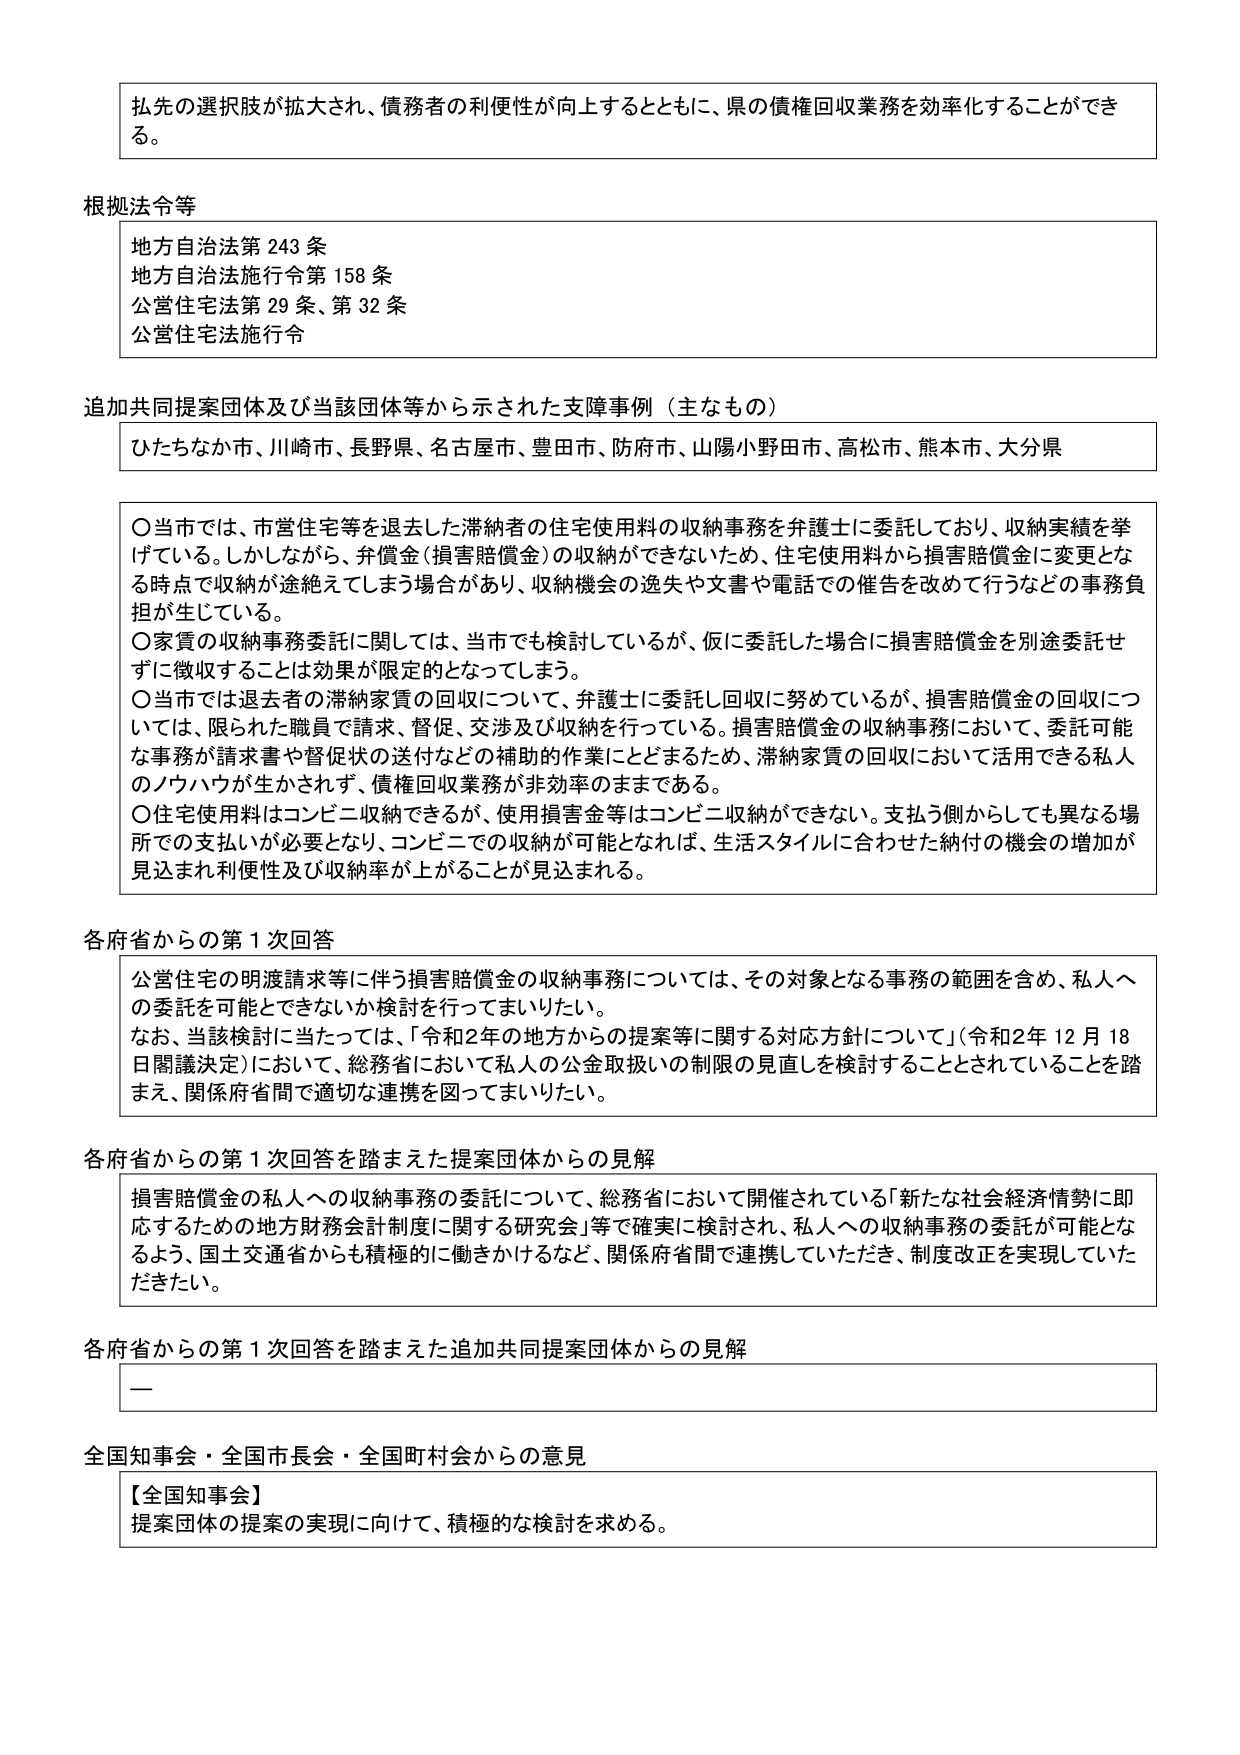
払先の選択肢が拡大され、債務者の利便性が向上するとともに、県の債権回収業務を効率化することができる。

根拠法令等
地方自治法第243条
地方自治法施行令第158条
公営住宅法第29条、第32条
公営住宅法施行令

追加共同提案団体及び当該団体等から示された支援事例（主なもの）
ひたちなか市、川崎市、長野県、名古屋市、豊田市、防府市、山陽小野田市、高松市、熊本市、大分県

〇当市では、市営住宅等を退去した滞納者の住宅使用料の収納事務を弁護士に委託しており、収納実績を挙げている。しかしながら、弁償金（損害賠償金）の収納ができないため、住宅使用料から損害賠償金に変更となる時点で収納が途絶えてしまう場合があり、収納機会の逸失や文書や電話での催告を改めて行うなどの事務負担が生じている。
〇家賃の収納事務委託に関しては、当市でも検討しているが、仮に委託した場合に損害賠償金を別途委託せずに徴収することは効果が限定的となっている。
〇当市では退去者の滞納家賃の回収について、弁護士に委託し回収に努めているが、損害賠償金の回収については、限られた職員で請求、督促、交渉及び収納を行っている。損害賠償金の収納事務において、委託可能な事務が請求書や督促状の送付などの補助的作業にとどまるため、滞納家賃の回収において活用できる私人のノウハウが生かされず、債権回収業務が非効率のままである。
〇住宅使用料はコンビニ収納できるが、使用損害金等はコンビニ収納ができない。支払う側からしても異なる場所での支払いが必要となり、コンビニでの収納が可能となれば、生活スタイルに合わせた納付の機会の増加が見込まれ利便性及び収納率が上がることが見込まれる。

各府省からの第1次回答
公営住宅の明渡請求等に伴う損害賠償金の収納事務については、その対象となる事務の範囲を含め、私人への委託を可能とできないか検討を行ってまいりたい。
なお、当該検討に当たっては、「令和2年の地方からの提案等に関する対応方針について」（令和2年12月18日閣議決定）において、総務省において私人の公金取扱いの制限の見直しを検討することとされていることを踏まえ、関係府省間で適切な連携を図ってまいりたい。

各府省からの第1次回答を踏まえた提案団体からの見解
損害賠償金の私人への収納事務の委託について、総務省において開催されている「新たな社会経済情勢に即応するための地方財務会計制度に関する研究会」等で確実に検討され、私人への収納事務の委託が可能となるよう、国土交通省からも積極的に働きかけるなど、関係府省間で連携していただき、制度改正を実現していただきたい。

各府省からの第1次回答を踏まえた追加共同提案団体からの見解
—

全国知事会・全国市長会・全国町村会からの意見
【全国知事会】
提案団体の提案の実現に向けて、積極的な検討を求める。